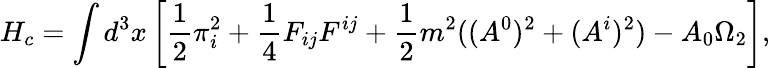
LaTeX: H_{c}=\int d^{3}x\left[\frac{1}{2}\pi_{i}^{2}+\frac{1}{4}F_{ij}F^{ij}+\frac{1}{2}m^{2}((A^{0})^{2}+(A^{i})^{2})-A_{0}\Omega_{2}\right],